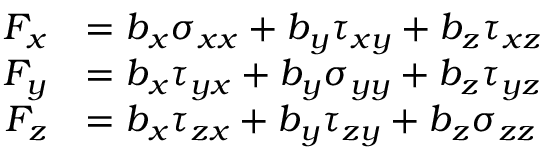
{ \begin{array} { r l } { F _ { x } } & { = b _ { x } \sigma _ { x x } + b _ { y } \tau _ { x y } + b _ { z } \tau _ { x z } } \\ { F _ { y } } & { = b _ { x } \tau _ { y x } + b _ { y } \sigma _ { y y } + b _ { z } \tau _ { y z } } \\ { F _ { z } } & { = b _ { x } \tau _ { z x } + b _ { y } \tau _ { z y } + b _ { z } \sigma _ { z z } } \end{array} }